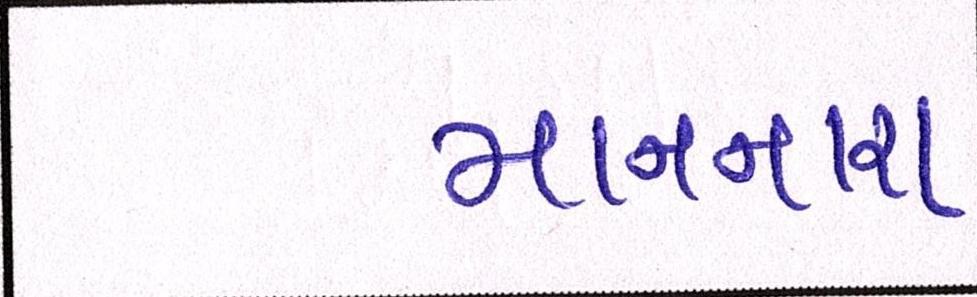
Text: માનનારા